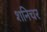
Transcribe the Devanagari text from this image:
शनिचर